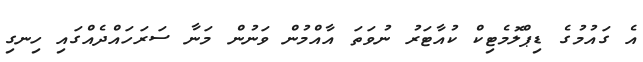
އެ ގައުމުގެ ޑިޕްލޮމެޓިކް ކުއާޓަރު ނުވަތަ އާއްމުން ވަނުން މަނާ ސަރަހައްދެއްގައި ހިނގި